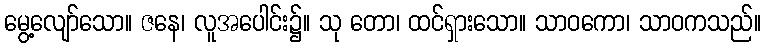
မွေ့လျော်သော။ ဇနေ၊ လူအပေါင်း၌။ သု တော၊ ထင်ရှားသော။ သာဝကော၊ သာဝကသည်။